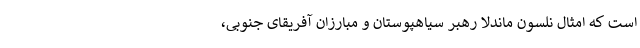
است که امثال نلسون ماندلا رهبر سیاهپوستان و مبارزان آفریقای جنوبی،